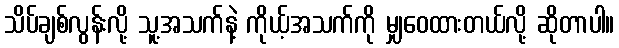
သိပ်ချစ်လွန်းလို့ သူ့အသက်နဲ့ ကိုယ့်အသက်ကို မျှဝေထားတယ်လို့ ဆိုတာပါ။